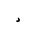
Letter: _dal